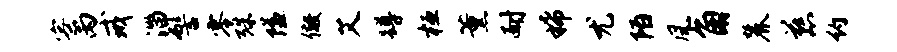
寮丙戒淄髻零殊隘儆艾蹲桓薰耐稀尤陌风角麓慈约